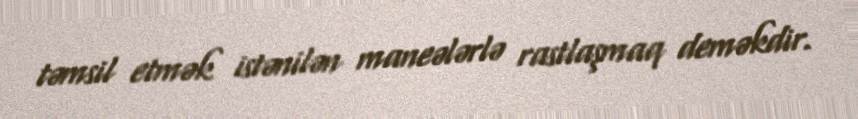
təmsil etmək istənilən maneələrlə rastlaşmaq deməkdir.